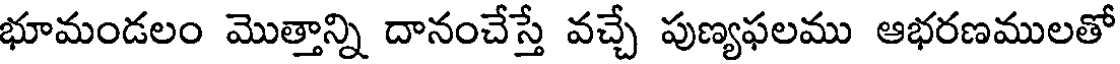
భూమండలం మొత్తాన్ని దానంచేస్తే వచ్చే పుణ్యఫలము ఆభరణములతో